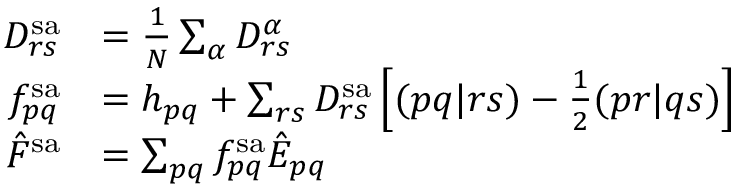
\begin{array} { r l } { D _ { r s } ^ { \mathrm { s a } } } & { = \frac { 1 } { N } \sum _ { \alpha } D _ { r s } ^ { \alpha } } \\ { f _ { p q } ^ { \mathrm { s a } } } & { = h _ { p q } + \sum _ { r s } D _ { r s } ^ { \mathrm { s a } } \left[ ( p q | r s ) - \frac { 1 } { 2 } ( p r | q s ) \right] } \\ { \hat { F } ^ { \mathrm { s a } } } & { = \sum _ { p q } f _ { p q } ^ { \mathrm { s a } } \hat { E } _ { p q } } \end{array}